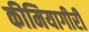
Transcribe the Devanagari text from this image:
कीमियागीरी